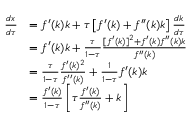
{ \begin{array} { r l } { { \frac { d x } { d \tau } } } & { = f ^ { \prime } ( k ) k + \tau \left[ f ^ { \prime } ( k ) + f ^ { \prime \prime } ( k ) k \right] { \frac { d k } { d \tau } } } \\ & { = f ^ { \prime } ( k ) k + { \frac { \tau } { 1 - \tau } } { \frac { [ f ^ { \prime } ( k ) ] ^ { 2 } + f ^ { \prime } ( k ) f ^ { \prime \prime } ( k ) k } { f ^ { \prime \prime } ( k ) } } } \\ & { = { \frac { \tau } { 1 - \tau } } { \frac { f ^ { \prime } ( k ) ^ { 2 } } { f ^ { \prime \prime } ( k ) } } + { \frac { 1 } { 1 - \tau } } f ^ { \prime } ( k ) k } \\ & { = { \frac { f ^ { \prime } ( k ) } { 1 - \tau } } \left[ \tau { \frac { f ^ { \prime } ( k ) } { f ^ { \prime \prime } ( k ) } } + k \right] } \end{array} }